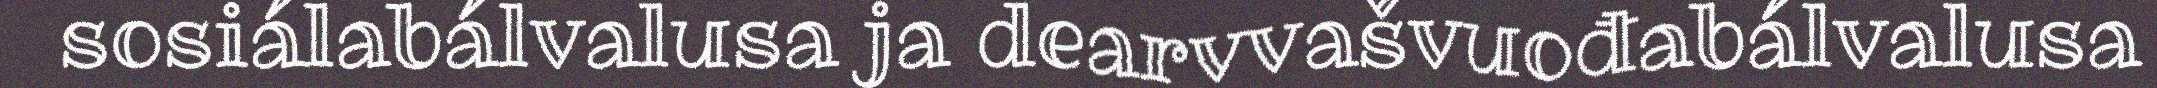
sosiálabálvalusa ja dearvvašvuođabálvalusa